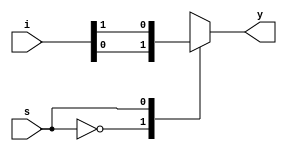
module mux2x1(i,s,y);

input [1:0]i;
input s;
output reg y;
always @(i,s)
begin
case(s)
0:y=i[0];
1:y=i[1];
endcase
end
endmodule